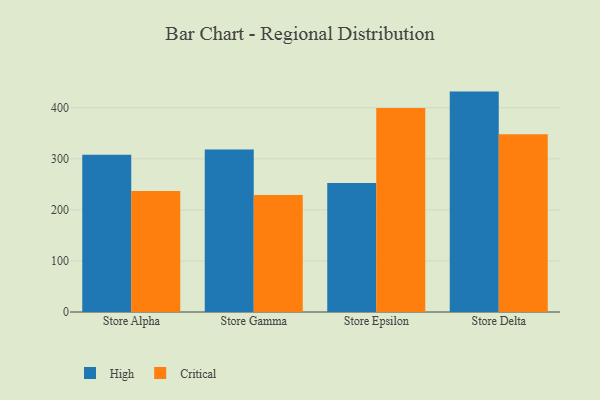
{"axis": {"x": "Store", "y": "Gross Profit (USD K)"}, "legend": ["Critical", "High"], "data": [{"x": "Store Alpha", "y": 308.0, "type": "High"}, {"x": "Store Alpha", "y": 236.9, "type": "Critical"}, {"x": "Store Gamma", "y": 318.1, "type": "High"}, {"x": "Store Gamma", "y": 229.0, "type": "Critical"}, {"x": "Store Epsilon", "y": 252.8, "type": "High"}, {"x": "Store Epsilon", "y": 399.5, "type": "Critical"}, {"x": "Store Delta", "y": 431.7, "type": "High"}, {"x": "Store Delta", "y": 348.4, "type": "Critical"}]}